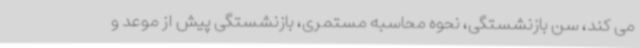
می کند، سن بازنشستگی، نحوه محاسبه مستمری، بازنشستگی پیش از موعد و